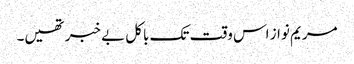
مریم نواز اس وقت تک باکل بے خبر تھیں۔